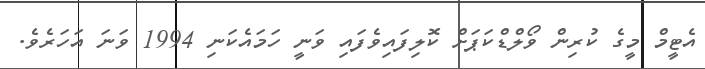
އެޓީމް މީގެ ކުރިން ވޯލްޑްކަޕަށް ކޮލިފައިވެފައި ވަނީ ހަމައެކަނި 1994 ވަނަ އަހަރެވެ.